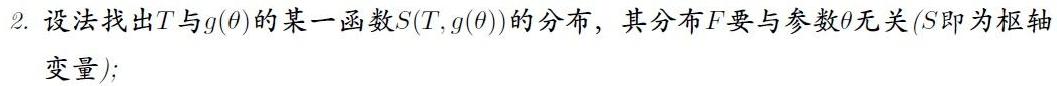
2. 设法找出$T$与$g(\theta)$的某一函数$S(T,g(\theta))$的分布，其分布$F$要与参数$\theta$无关（$S$即为枢轴变量）;